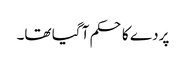
پردے کا حکم آ گیا تھا۔